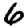
Digit: 6